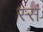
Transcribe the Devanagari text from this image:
स्सं